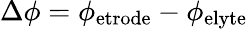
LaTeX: \Delta\phi=\phi_{\mathrm{etrode}}-\phi_{\mathrm{elyte}}